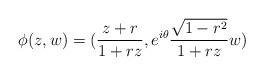
LaTeX: \begin{align*}\phi(z,w) = (\frac{z+r}{1+rz}, e^{i\theta}\frac{\sqrt{1-r^2}}{1+rz}w)\end{align*}